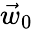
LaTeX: \vec{w}_{0}